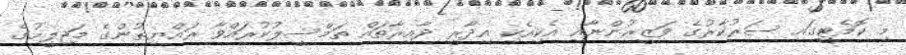
މި ކޮމެޓީގައި ސަރުކާރުގެ ވަޒީރުންނާއި އެކިއެކި އިދާރީ ދާއިރާތައް ތަމްސީލުކުރައްވާ ރައްޔިތުންގެ މަޖިލީހުގެ